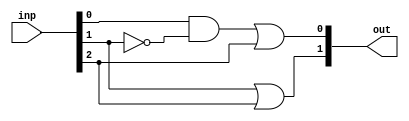
`timescale 1ns / 1ps
//////////////////////////////////////////////////////////////////////////////////
// Company: 
// Engineer: 
// 
// Design Name: 
// Module Name:    PE_1 
// Project Name: 
// Target Devices: 
// Tool versions: 
// Description: 
//
// Dependencies: 
//
// Revision: 
// Revision 0.01 - File Created
// Additional Comments: 
//
//////////////////////////////////////////////////////////////////////////////////
module PE_1(inp, out);
input [2:0] inp; // input
wire [2:0] inp; // input is wire
output [1:0] out; // output
wire y; // for temp vals
		
and a1(y, inp[0], ~inp[1]);
or o1(out[0], y, inp[2]);
or o2(out[1], inp[1], inp[2]);

endmodule